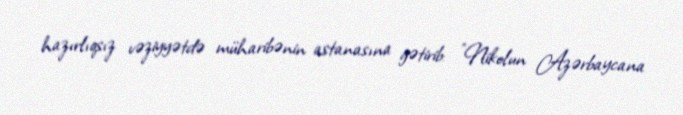
hazırlıqsız vəziyyətdə müharibənin astanasına gətirib: "Nikolun Azərbaycana